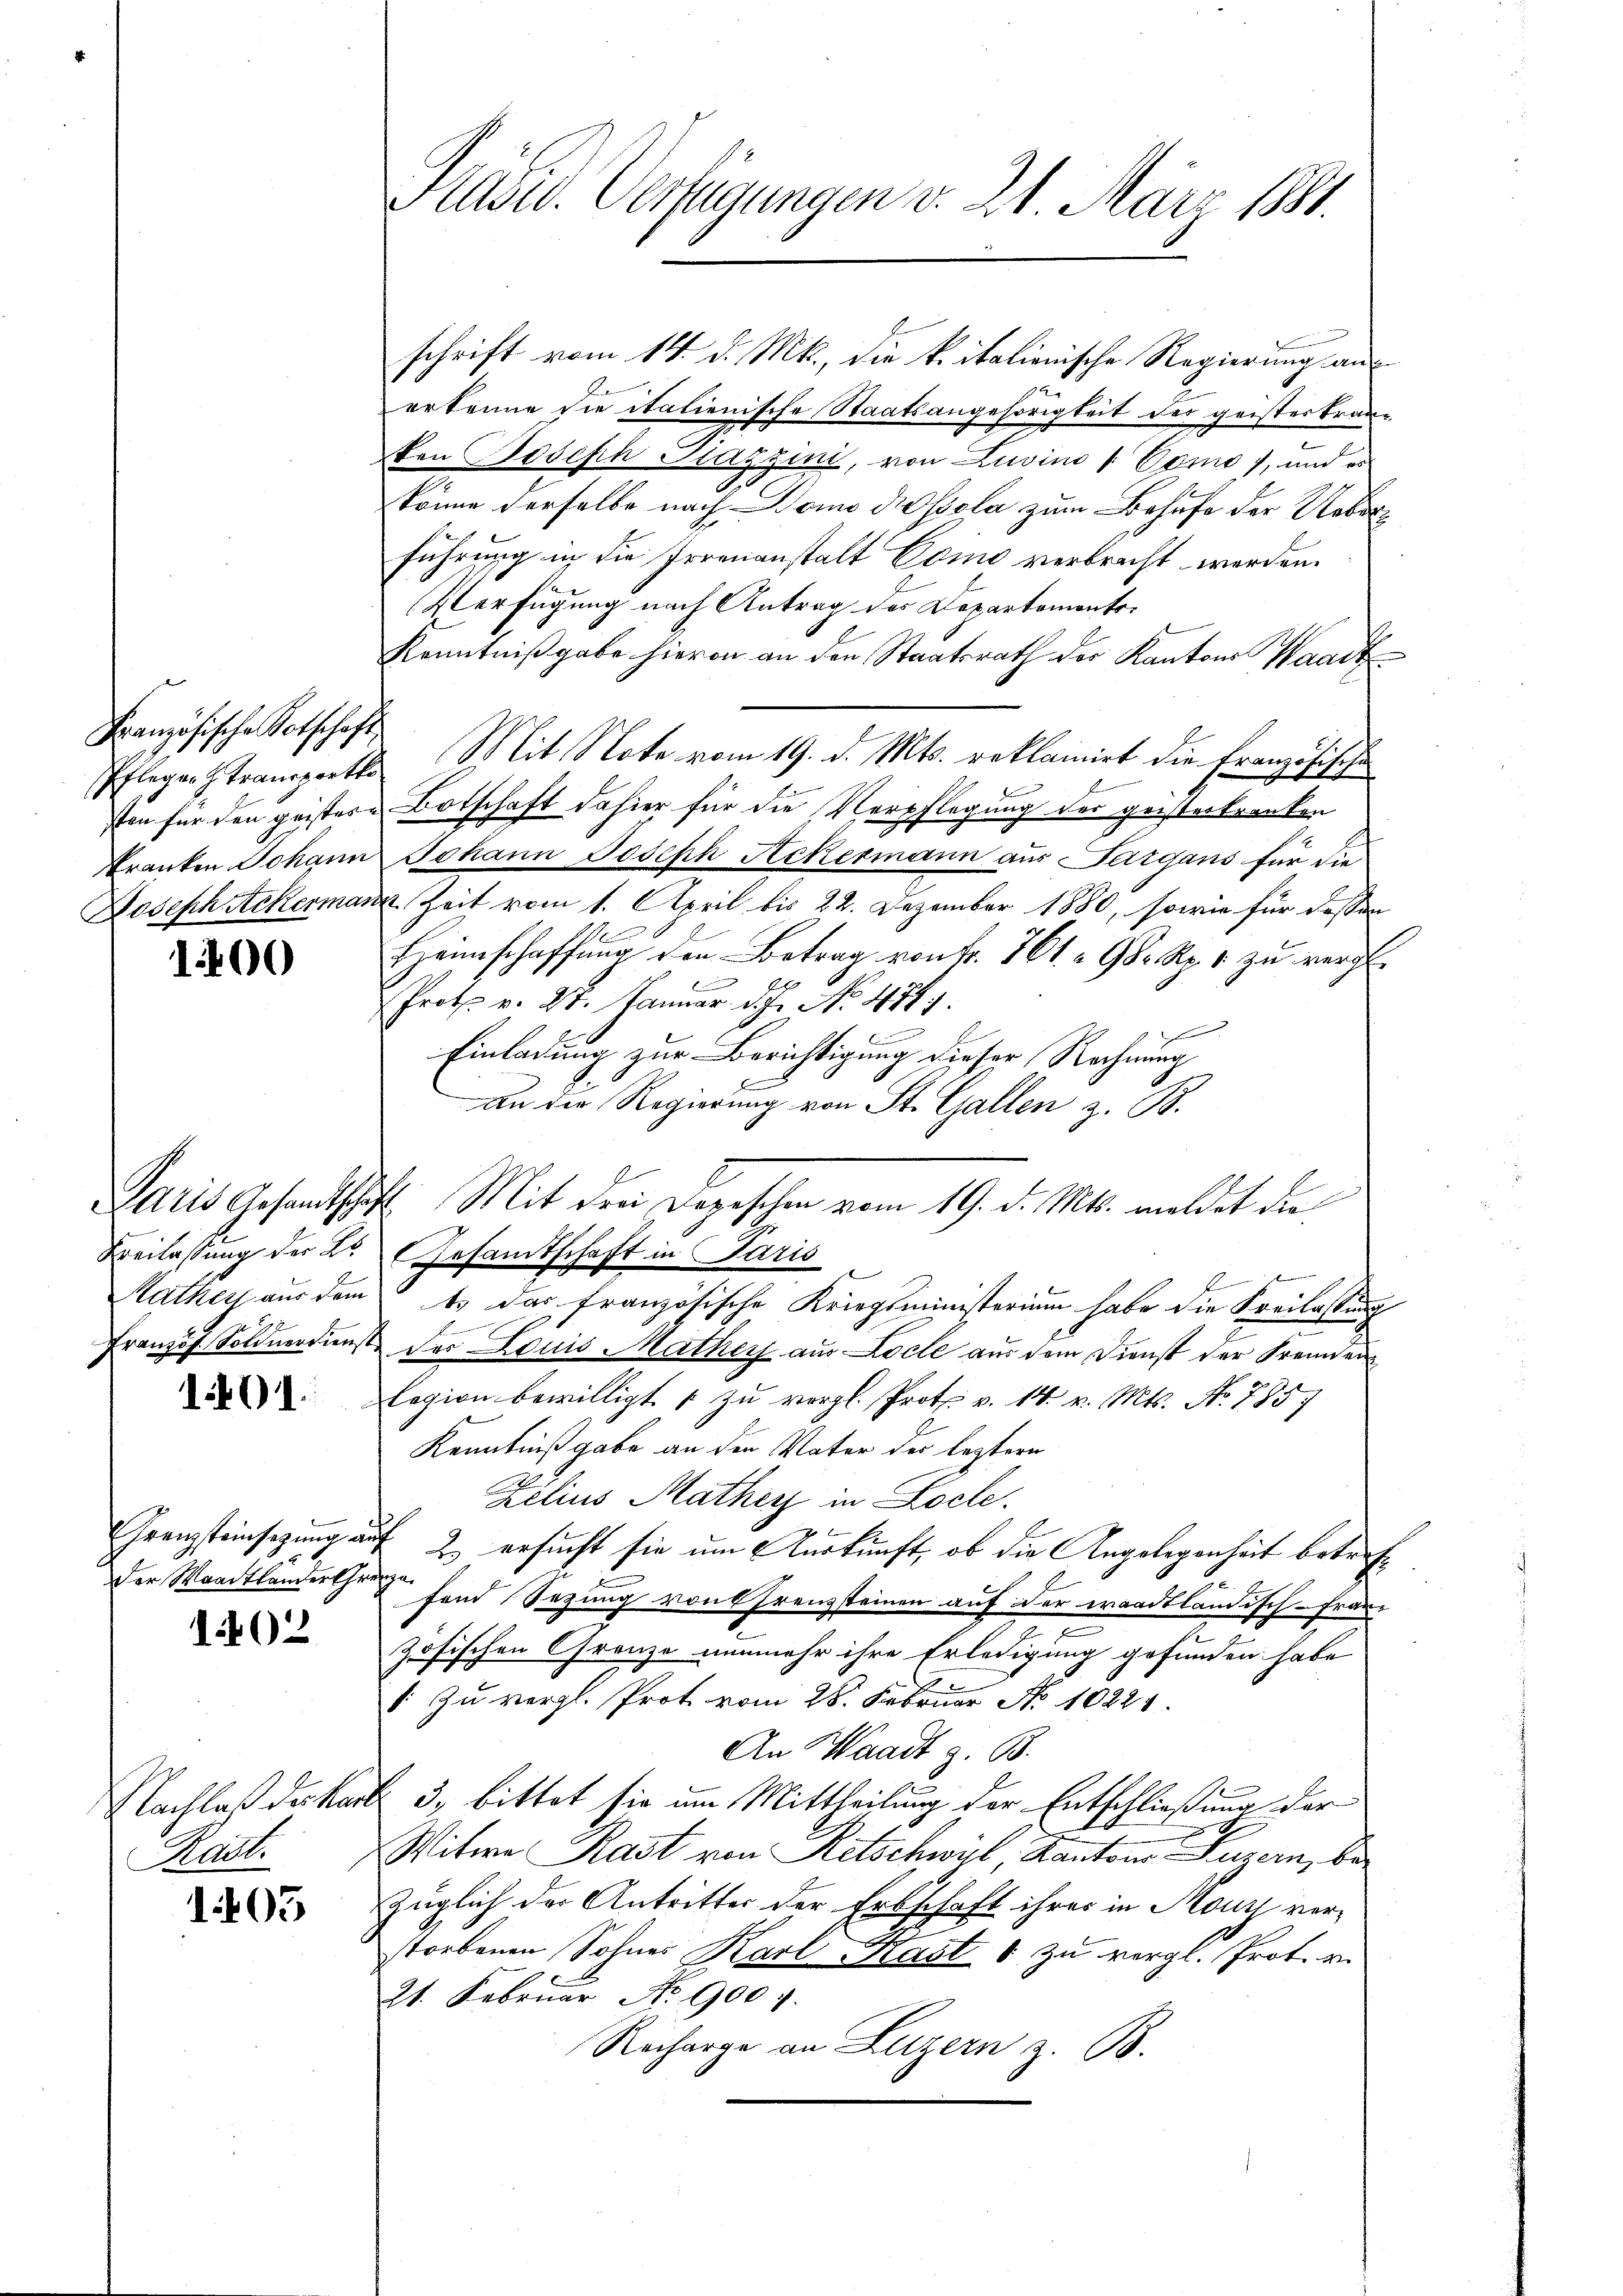
Französische Kotschaft
Kranken Johann
Joseph Ackerman

1400

Beilassung der Bu
Rathey aus dem
Französ. Soldnerdienst

1401.

Franzsteinsezung in
der Waadtlander Ehe

1402

Nachlaß des Ver
Rast.

1405

Kasid. Verfügungen v. 21. März 1881.

schrift vom 14. d. Mts., die k. italienische Regierung aus
erkenne sie italienische Staatsangehörigkeit der geisteskranken Bodisch Stazzini, von Livino 1 Vomo), und es
könne derselbe nach Domo dissola zum Behufe der Ueberführung ich die Irrenanstalt Como verbracht werden.
Verfügung nach Antrag des Departemento.
Kenntnißgabe hievon an den Staatsrath der Kantons Waadt
Pflegen stramperte S. lit Note vom 19. d. Mts. reklamirt die Französischen
sten für den geistere Botschaft dahier für die Verpflegung der geisterkranken
Johann Joseph Ackermann aus Sargans für die
u. Zeit vom 1. April bis 22. Dezember 1880, sowie für dessen
Heimschaffung den Betrag von fr. 761.  Gr. Rp. zu vergl.
Prote v. 24. Januar d. J. No. 474.
Einladung zur Berichtigung dieser Rechnung
an der Regierung von St. Gallen z. B.
Paris Gesandtschaft. Mit drei Depeschen vom 19. d. Mts. meldet die
Gesandtschaft in Paris

t. Das französische Kriegsministerium habe die Freilassung
der Louis Mathey aus Loche aus dem Dienst der Freunden
lagion bewilligt & zu vergl. Prote v. 14. v. Mts. No. 785.
Kenntniß gabe an den Vater der leztern
Zilius Matherz in Loche.
uf 2. ersucht sie um Auskunft, ob die Angelegenheit betreff
fand Sezung von Franzsteinen auf der waadtländisch-Franz
zösischen Grenze nunmehr ihre Erledigung gefunden habe
1: Zu vergl. Prot vom 28. Februar No 10221.
An Waadt z. B.
3. bittet sie um Mittheilung der Entschließung der
Witwe Rast von Retschwyl, Kantons Luzern, bezüglich der Antritter der Erbschaft ihres in Mouy verstorbenen Sohnes Karl Kast 6 zu vergl. Prot. v.
21. Februar No. 900 f.
Recharge an Luzern z. B.